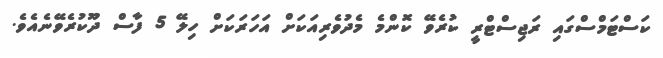
ކަސްޓަމްސްގައި ރަޖިސްޓްރީ ކުރެވޭ ކޮންމެ މެދުވެރިއަކަށް އަހަރަކަށް ހިލޭ 5 ފާސް ދޫކުރެވޭނެއެވެ.